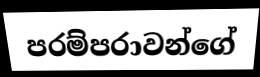
පරම්පරාවන්ගේ